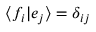
\langle f _ { i } | e _ { j } \rangle = \delta _ { i j }